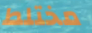
مختلط